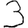
Digit: 3